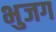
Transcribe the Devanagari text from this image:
भुजग